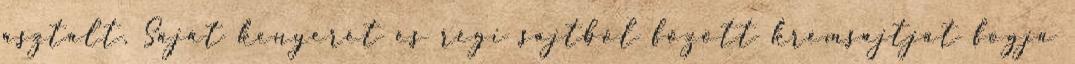
asztalt. Saját kenyerét és régi sajtból főzött krémsajtját fogja